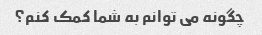
چگونه می توانم به شما کمک کنم؟